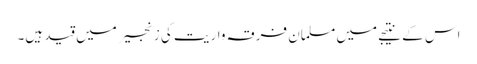
اس کے نتیجے میں مسلمان فرقہ واریت کی زنجیر میں قید ہیں۔